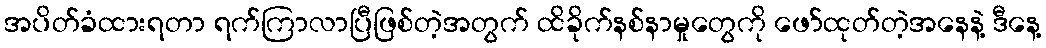
အပိတ်ခံထားရတာ ရက်ကြာလာပြီဖြစ်တဲ့အတွက် ထိခိုက်နစ်နာမှုတွေကို ဖော်ထုတ်တဲ့အနေနဲ့ ဒီနေ့